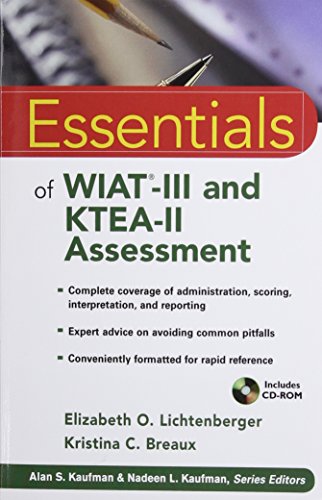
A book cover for Essentials of WIAT-III and KTEA-II Assessment; Elizabeth O. Lichtenberger; Medical Books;